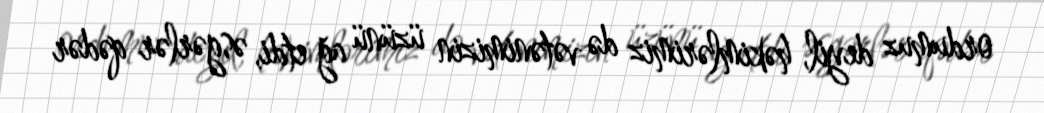
ordumuz deyil, həkimlərimiz də vətənimizin üzünü ağ etdi, əsgərlər qədər